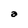
Character: a